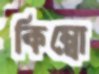
কিম্বো